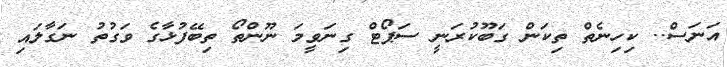
އަނަސް.. ކިހިނެތް ތިކަން ގަބޫކުރަނީ ސަޕޯޓް ގިނަވީމަ ނޫންތޯ ތިބޭފުޅާގެ ވަގުތު ނަގާލައި